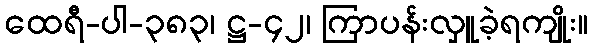
ထေရီ-ပါ-၃၈၃၊ ဋ္ဌ-၄၂၊ ကြာပန်းလှူခဲ့ရကျိုး။